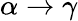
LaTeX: \alpha\rightarrow\gamma